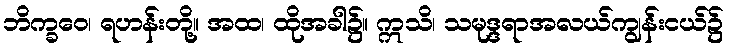
ဘိက္ခဝေ၊ ရဟန်းတို့။ အထ၊ ထိုအခါ၌။ ဣသိ၊ သမုဒ္ဒရာအလယ်ကျွန်းငယ်၌